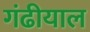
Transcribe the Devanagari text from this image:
गंढीयाल